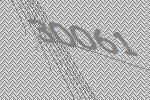
30061